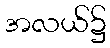
အလယ်၌